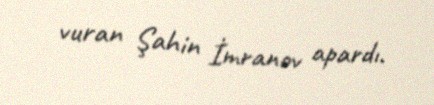
vuran Şahin İmranov apardı.